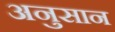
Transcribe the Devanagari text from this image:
अनुसान